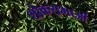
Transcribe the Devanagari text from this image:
शोकसभाओं